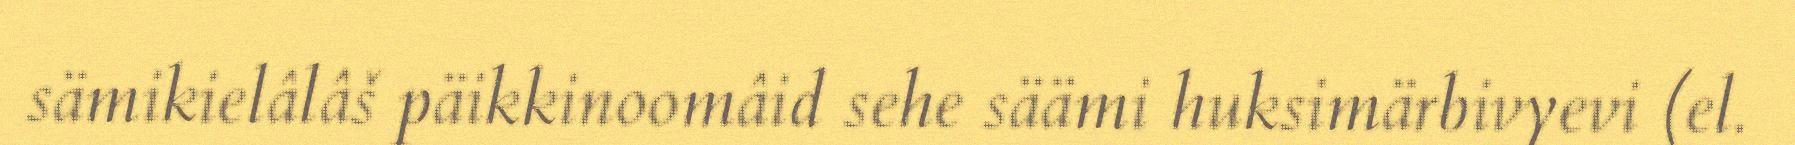
sämikielâlâš päikkinoomâid sehe säämi huksimärbivyevi (el.